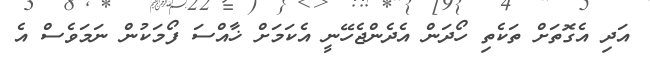
އަދި އެގޮތަށް ތަކެތި ހޯދަން އެދެންޖެހޭނީ އެކަމަށް ޚާއްސަ ފޯމަކުން ނަމަވެސް އެ